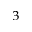
^ 3